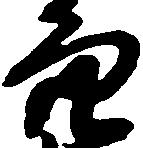
穴